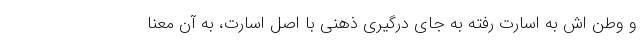
و وطن اش به اسارت رفته به جای درگیری ذهنی با اصل اسارت، به آن معنا